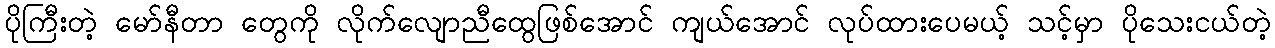
ပိုကြီးတဲ့ မော်နီတာ တွေကို လိုက်လျောညီထွေဖြစ်အောင် ကျယ်အောင် လုပ်ထားပေမယ့် သင့်မှာ ပိုသေးငယ်တဲ့